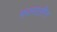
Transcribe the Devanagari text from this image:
फ़लालीन